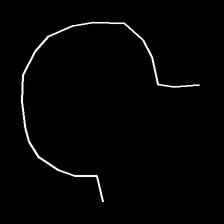
Glyph: weave